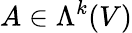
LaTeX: A\in\Lambda^{k}(V)